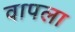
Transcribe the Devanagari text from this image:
वापला